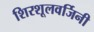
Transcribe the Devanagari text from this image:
शिरशूलवर्जिनी